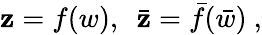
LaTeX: \mathbf{z}=f(w),~~\bar{{\mathbf{z}}}=\bar{{f}}(\bar{{w}})~,